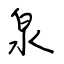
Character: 泉